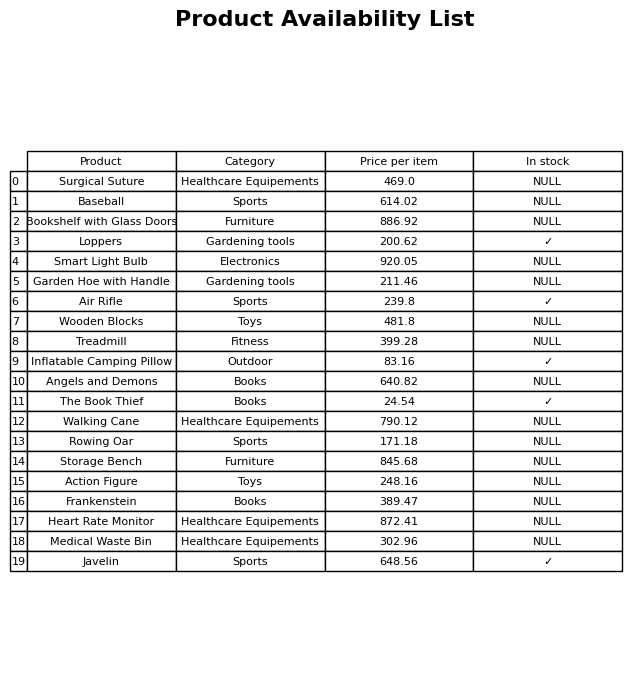
question: What is the stock status of the Air Rifle?
answer: ✓